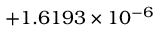
\phantom { 0 0 0 } { + 1 . 6 1 9 3 } \times 1 0 ^ { - 6 }